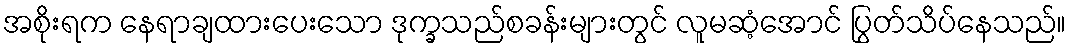
အစိုးရက နေရာချထားပေးသော ဒုက္ခသည်စခန်းများတွင် လူမဆံ့အောင် ပြွတ်သိပ်နေသည်။